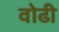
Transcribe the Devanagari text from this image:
वोढी